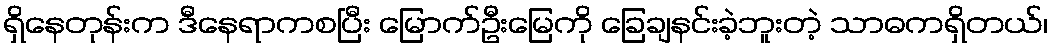
ရှိနေတုန်းက ဒီနေရာကစပြီး မြောက်ဦးမြေကို ခြေချနင်းခဲ့ဘူးတဲ့ သာဓကရှိတယ်၊